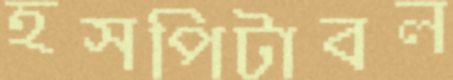
হসপিটাবল